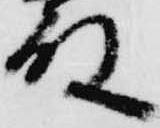
殿